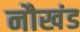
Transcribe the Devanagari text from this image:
नौखंड